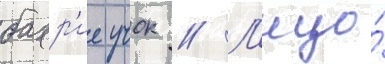
бахр'ие учок // Л'ицо́